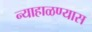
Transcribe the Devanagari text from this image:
न्याहाळण्यास